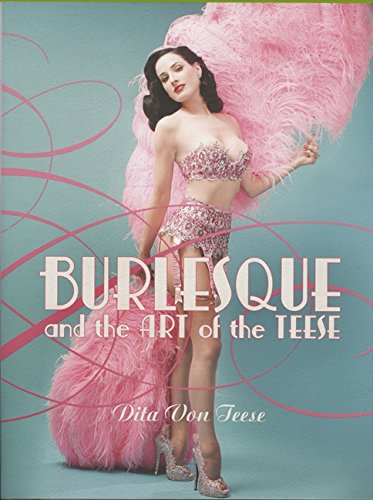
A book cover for Burlesque and the Art of the Teese/Fetish and the Art of the Teese; Dita Von Teese; Humor & Entertainment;